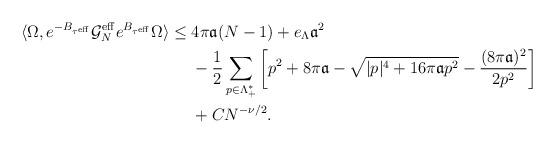
LaTeX: \begin{align*}\langle \Omega, e^{-B_{\tau^\mathrm{eff}}} \mathcal{G}_N^\mathrm{eff} e^{B_{\tau^\mathrm{eff}}} \Omega\rangle \le\;& 4\pi \mathfrak{a}(N-1)+e_\Lambda \mathfrak{a}^2\\&-\frac{1}{2}\sum_{p\in \Lambda_+^*}\left[ p^2+8\pi\mathfrak{a}-\sqrt{|p|^4+ 16\pi \mathfrak{a}p^2}-\frac{(8\pi \mathfrak{a})^2}{2p^2}\right]\\&+CN^{-\nu/2}.\end{align*}